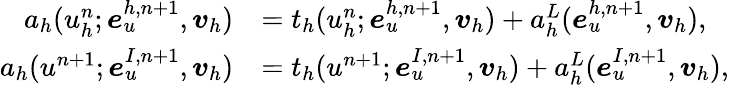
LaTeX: \begin{array}{rl}{a_{h}(u_{h}^{n};\boldsymbol{e}_{u}^{h,n+1},\boldsymbol{v}_{h})}&{=t_{h}(u_{h}^{n};\boldsymbol{e}_{u}^{h,n+1},\boldsymbol{v}_{h})+a_{h}^{L}(\boldsymbol{e}_{u}^{h,n+1},\boldsymbol{v}_{h}),}\\ {a_{h}(u^{n+1};\boldsymbol{e}_{u}^{I,n+1},\boldsymbol{v}_{h})}&{=t_{h}(u^{n+1};\boldsymbol{e}_{u}^{I,n+1},\boldsymbol{v}_{h})+a_{h}^{L}(\boldsymbol{e}_{u}^{I,n+1},\boldsymbol{v}_{h}),}\end{array}